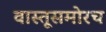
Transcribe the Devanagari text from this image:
वास्तूसमोरच